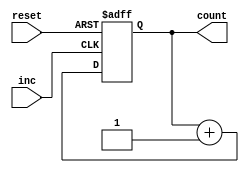
`timescale 1ns / 1ps


module counter6(reset, inc, count);

    input reset, inc;
    output reg [5:0]count; // bit-width=6
    
    always @ (posedge inc or negedge reset) begin
        if (!reset)
            count <= 0;
         else if (inc)
            count <= count + 1;
    end //always

endmodule